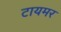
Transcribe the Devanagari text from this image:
टायमर